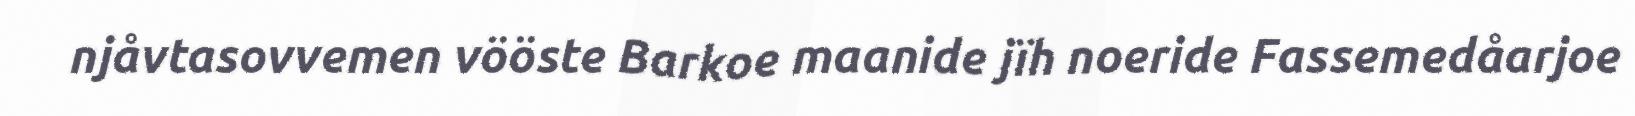
njåvtasovvemen vööste Barkoe maanide jïh noeride Fassemedåarjoe